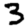
Digit: 3